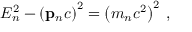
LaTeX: E _ { n } ^ { 2 } - \left( \mathbf { p } _ { n } c \right) ^ { 2 } = \left( m _ { n } c ^ { 2 } \right) ^ { 2 } \, ,